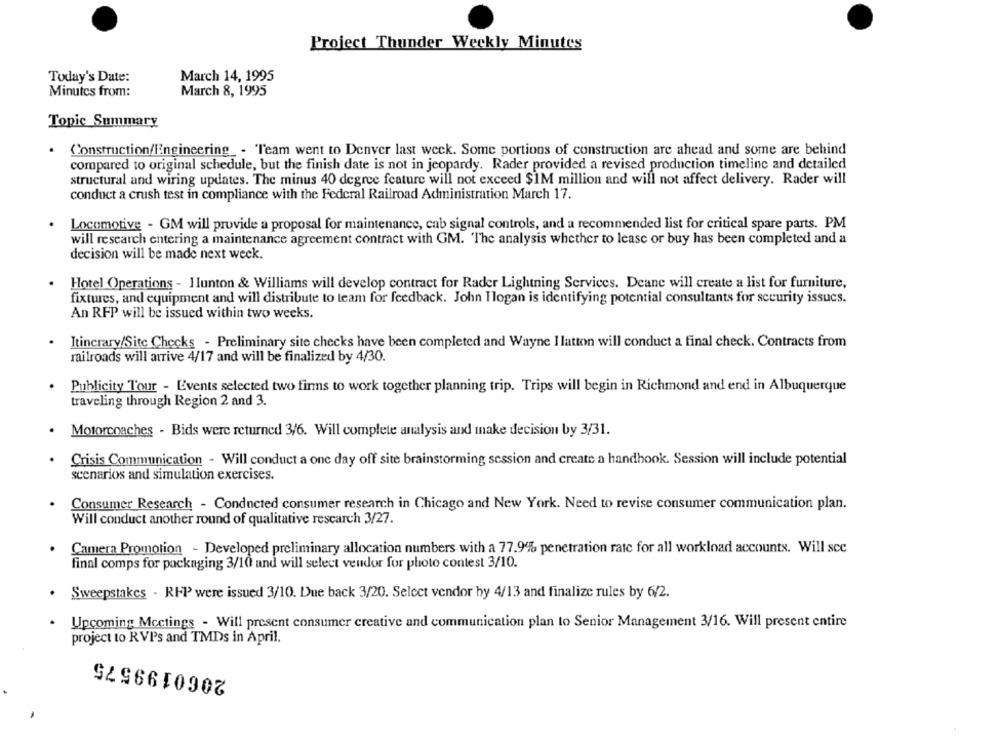
Project Thunder Weekly Minutes
Today's Date:
March 14, 1995
Minutes from:
March 8, 1995
Topic Summary
Construction/Engineering _- 'Team went to Denver last week. Some portions of construction are ahead and some are behind
compared to original schedule, but the finish date is not in jeopardy. Rader provided a revised production timeline and detailed
structural and wiring updates. The minus 40 degree feature will not exceed $IM million and will not affect delivery. Rader will
conduct a crush test in compliance with the Federal Railroad Administration March 17.
Locomotive - GM will provide a proposal for maintenance, cab signal controls, and a recommended list for critical spare parts. PM
will research entering a maintenance agreement contract with GM. 'The analysis whether to lease or buy has been completed and a
decision will be made next week.
Hotel Operations - Hunton & Williams will develop contract for Rader Lightning Services. Deane will create a list for furniture,
fixtures, and equipment and will distribute to team for feedback. John Ilogan is identifying potential consultants for security issues.
An RFP will be issued within two weeks.
Itinerary/Site Checks - Preliminary site checks have been completed and Wayne I latton will conduct a final check. Contracts from
railroads will arrive 4/17 and will be finalized by 4/30.
Publicity Tour - Events selected two firms to work together planning trip. Trips will begin in Richmond and end in Albuquerque
traveling through Region 2 and 3.
Motorcoaches - Bids were returned 3/6. Will complete analysis and make decision by 3/31.
Crisis Communication - Will conduct a one day off site brainstorming session and create a handhook. Session will include potential
scenarios and simulation exercises.
Consumer Research - Conducted consumer research in Chicago and New York. Need to revise consumer communication plan.
Will conduct another round of qualitative research 3/27.
Camera Promotion - Developed preliminary allocation numbers with a 77.9% penetration rate for all workload accounts. Will scc
final comps for packaging 3/10 and will select vendor for photo contest 3/10.
Sweepstakes - RIP were issued 3/10. Due back 3/20. Select vendor by 4/13 and finalize rules by 6/2.
Upcoming Mcctings - Will present consumer creative and communication plan to Senior Management 3/16. Will present entire
project to RVP's and TMDs in April.
2060199575